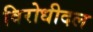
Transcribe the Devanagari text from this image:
विरोधीदल